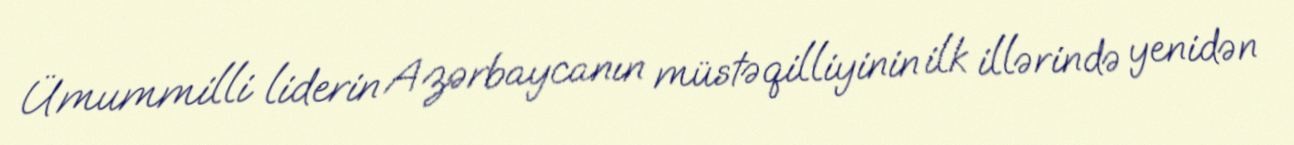
Ümummilli liderin Azərbaycanın müstəqilliyinin ilk illərində yenidən